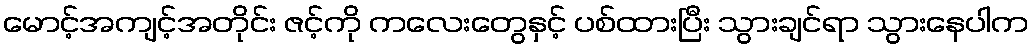
မောင့်အကျင့်အတိုင်း ဇင့်ကို ကလေးတွေနှင့် ပစ်ထားပြီး သွားချင်ရာ သွားနေပါက